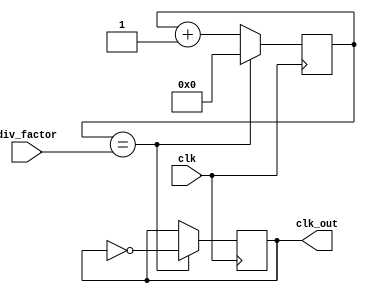
module Ripple_Counter(
    input wire clk,
    input wire [3:0] div_factor,
    output reg clk_out
);

reg [3:0] count;

always @(posedge clk) begin
    if(count == div_factor) begin
        count <= 0;
        clk_out <= ~clk_out;
    end else begin
        count <= count + 1;
    end
end

endmodule